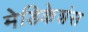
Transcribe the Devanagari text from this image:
मेडिकेशंस